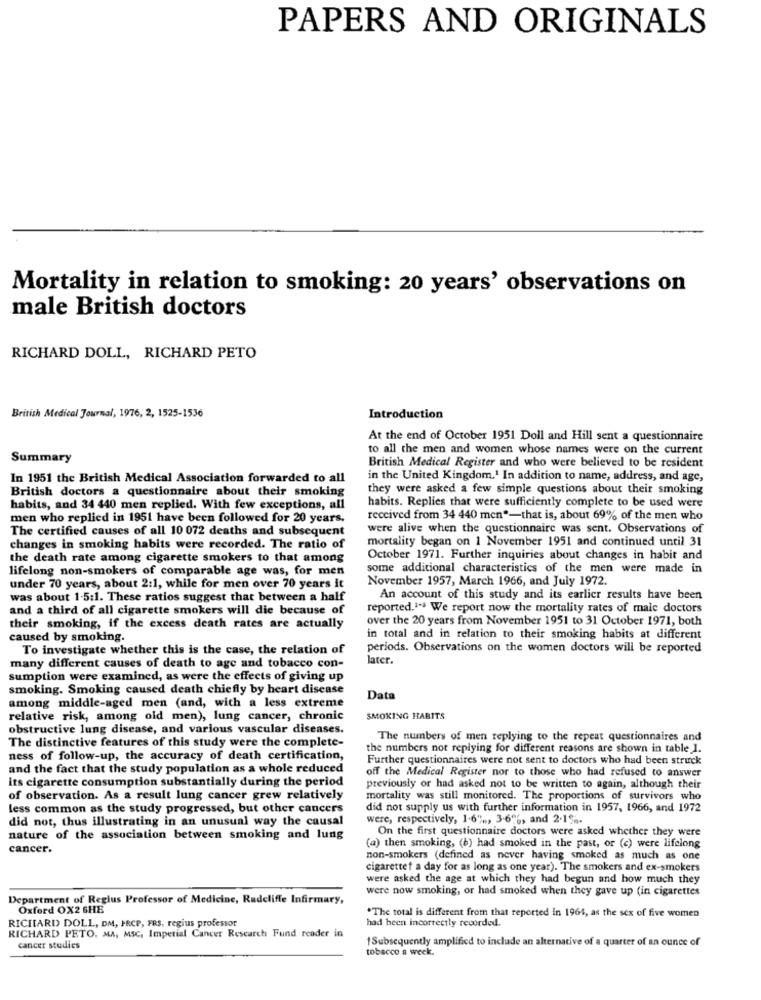
PAPERS AND ORIGINALS
Mortality in relation to smoking: 20 years' observations on
male British doctors
RICHARD DOLL, RICHARD PETO
British Medical Journal, 1976, 2, 1525-1536
Introduction
At the end of October 1951 Doll and Hill sent a questionnaire
to all the men and women whose names were on the current
Summary
British Medical Register and who were believed to be resident
In 1951 the British Medical Association forwarded to all
in the United Kingdom.1 In addition to name, address, and age,
British doctors a questionnaire about their smoking
they were asked a few simple questions about their smoking
habits, and 34 440 men replied. With few exceptions, all
habits. Replies that were sufficiently complete to be used were
men who replied in 1951 have been followed for 20 years.
received from 34 440 men"-that is, about 69% of the men who
The certified causes of all 10 072 deaths and subsequent
were alive when the questionnaire was sent. Observations of
mortality began on 1 November 1951 and continued until 31
changes in smoking habits were recorded. The ratio of
the death rate among cigarette smokers to that among
October 1971. Further inquiries about changes in habit and
lifelong non-smokers of comparable age was, for men
some additional characteristics of the men were made in
November 1957, March 1966, and July 1972.
under 70 years, about 2:1, while for men over 70 years it
was about 1-5:1. These ratios suggest that between a half
An account of this study and its earlier results have been
and a third of all cigarette smokers will die because of
reported. We report now the mortality rates of mais doctors
over the 20 years from November 1951 to 31 October 1971, both
their smoking, if the excess death rates are actually
caused by smoking.
in total and in relation to their smoking habits at different
To investigate whether this is the case, the relation of
periods. Observations on the women doctors will be reported
later.
many different causes of death to age and tobacco con-
sumption were examined, as were the effects of giving up
smoking. Smoking caused death chiefly by heart disease
Data
among middle-aged men (and, with a less extreme
relative risk, among old men), lung cancer, chronic
SMOKING HABITS
obstructive lung disease, and various vascular diseases.
The distinctive features of this study were the complete-
The numbers of men replying to the repeat questionnaires and
the numbers not replying for different reasons are shown in table I.
ness of follow-up, the accuracy of death certification,
Further questionnaires were not sent to doctors who had been struck
and the fact that the study population as a whole reduced
off the Medical Register nor to those who had refused to answer
its cigarette consumption substantially during the period
previously or had asked not to be written to again, although their
of observation. As a result lung cancer grew relatively
mortality was still monitored. The proportions of survivors who
less common as the study progressed, but other cancers
did not supply us with further information in 1957, 1966, and 1972
did not, thus illustrating in an unusual way the causal
were, respectively, 1.6% ., 3.6%, and 2.1%.
On the first questionnaire doctors were asked whether they were
nature of the association between smoking and lung
cancer.
(a) then smoking, (b) had smoked in the past, or (c) were lifelong
non-smokers (defined as never having smoked as much as one
cigarettet a day for as long as one year). The smokers and ex-smokers
were asked the age at which they had begun and how much they
were now smoking, or had smoked when they gave up (in cigarettes
Department of Reglus Professor of Medicine, Radcliffe Infirmary,
Oxford OX2 6HE
"The total is different from that reported in 1964, as the sex of five women
RICHARD DOLL, DM, FRCP, FRS, regius professor
had heen incorrectly recorded.
RICHARD PETO, MA, MSC, Imperial Cancer Research Fund reader in
1Subsequently amplified to include an alternative of a quarter of an ounce of
cancer studies
tobacco a weck.